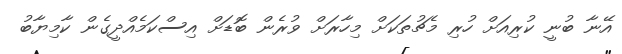
އޭނާ ބުނީ ކުރިއަށް ހުރި މެޗުތަކަށް މިހާރަށް ވުރެން ބޮޑަށް އިސްކަމެއްދީގެން ކާމިޔާބު